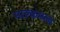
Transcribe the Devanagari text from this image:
माल्कमला